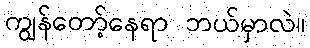
ကျွန်တော့်နေရာ ဘယ်မှာလဲ။